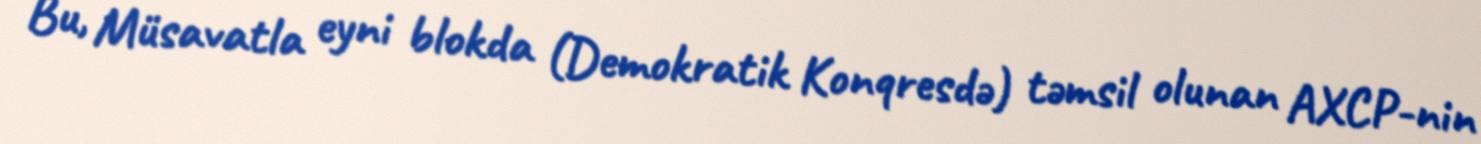
Bu, Müsavatla eyni blokda (Demokratik Konqresdə) təmsil olunan AXCP-nin